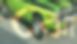
ঝো